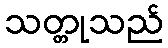
သတ္တုသည်